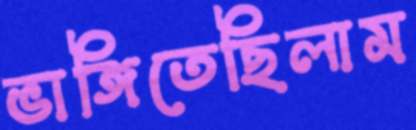
ভাঙ্গিতেছিলাম